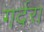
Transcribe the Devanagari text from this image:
गर्दरा